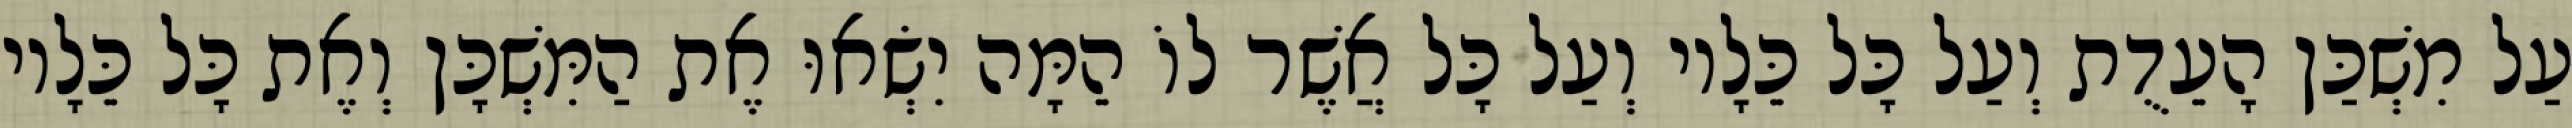
עַל מִשְׁכַּן הָעֵדֻת וְעַל כָּל כֵּלָיו וְעַל כָּל אֲשֶׁר לוֹ הֵמָּה יִשְׂאוּ אֶת הַמִּשְׁכָּן וְאֶת כָּל כֵּלָיו